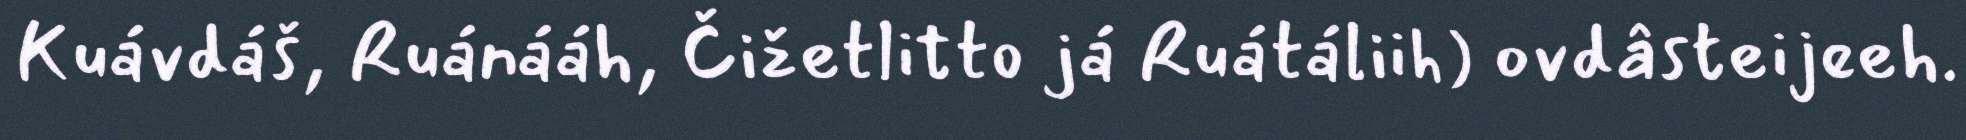
Kuávdáš, Ruánááh, Čižetlitto já Ruátáliih) ovdâsteijeeh.